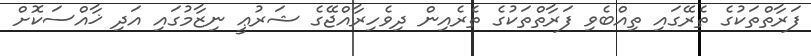
ފަރާތްތަކުގެ ތެރޭގައި ތިއްބެވި ފަރާތްތަކުގެ ތެރެއިން ދިވެހިރާއްޖޭގެ ޝަރުޢީ ނިޒާމުގައި އަދި ޚާއްސަކޮށް